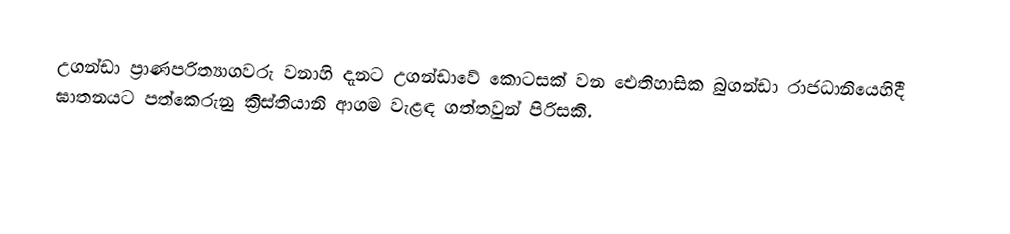
උගන්ඩා ප්‍රාණපරිත්‍යාගවරු වනාහි දැනට උගන්ඩාවේ කොටසක් වන ඓතිහාසික බුගන්ඩා රාජධානියෙහිදී ඝාතනයට පත්කෙරුනු ක්‍රිස්තියානි ආගම වැළඳ ගත්තවුන් පිරිසකි.